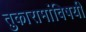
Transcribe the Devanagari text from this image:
तुकारामांविषयी